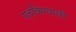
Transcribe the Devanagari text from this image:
पचविण्याची